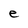
Character: e